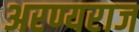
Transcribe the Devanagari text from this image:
अरण्यराज